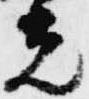
光